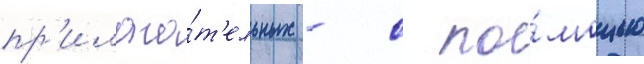
пр'илага́т'ельных - с по́мощью